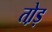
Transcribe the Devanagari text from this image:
तो़ड़